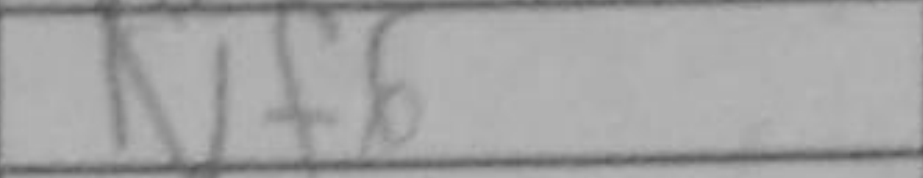
Transcription: Nf6